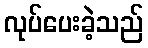
လုပ်ပေးခဲ့သည်